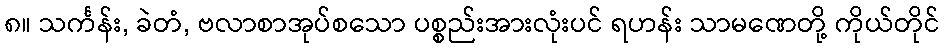
၈။ သင်္ကန်း, ခဲတံ, ဗလာစာအုပ်စသော ပစ္စည်းအားလုံးပင် ရဟန်း သာမဏေတို့ ကိုယ်တိုင်